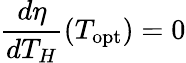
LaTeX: {\frac{d\eta}{dT_{H}}}(T_{\mathrm{opt}})=0